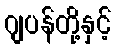
ဂျပန်တို့နှင့်